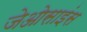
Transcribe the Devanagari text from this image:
जेओसाइंस